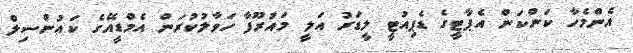
އެންމެހާ ކަންކަން އެޕާޓީގެ ޑެޕިއުޓީ ލީޑަރު އަލީ މައުރޫފާ ހަވާލުކުރަން އެމްޑީއޭގެ ކައުންސިލް